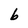
Character: b